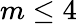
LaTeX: m\leq 4